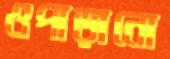
ওপাড়ানো